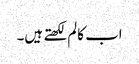
اب کالم لکھتے ہیں۔